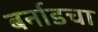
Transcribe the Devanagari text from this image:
बर्नाडचा